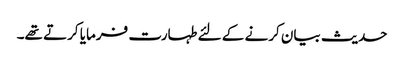
حدیث بیان کرنے کے لئے طہارت فرمایا کرتے تھے۔